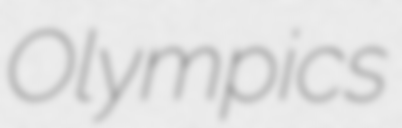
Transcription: Olympics